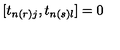
[ t _ { n ( r ) j } , t _ { n ( s ) l } ] = 0